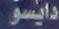
دايسو